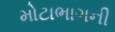
મોટાભાગની